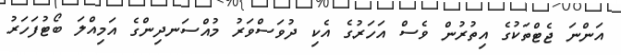
އަންނަ ޖެޓްތަކުގެ އިތުރުން ވެސް އަހަރުގެ އެކި ދުވަސްވަރު މުއްސަނދިންގެ އަމިއްލަ ބޯޓުފަހަރު